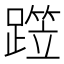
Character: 𨅁